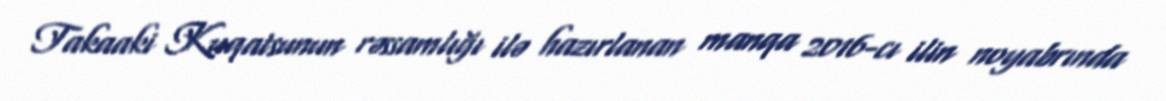
Takaaki Kuqatsunun rəssamlığı ilə hazırlanan manqa 2016-cı ilin noyabrında